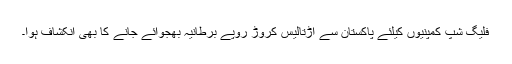
فلیگ شپ کمپنیوں کیلئے پاکستان سے اڑتالیس کروڑ روپے برطانیہ بھجوائے جانے کا بھی انکشاف ہوا۔